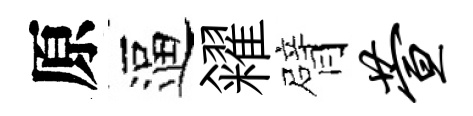
原逼糴臂萱